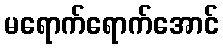
မရောက်ရောက်အောင်